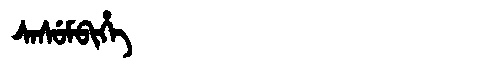
Manchu: ᠰᠠᠰᡠᠮᠪᡳᡥᡝ
Romanization: SASUMBIHE